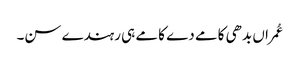
عُمراں بدھی کامے دے کامے ہی رہندے سن۔